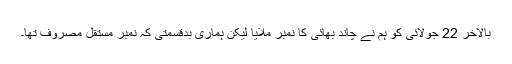
بالآخر 22 جولائی کو ہم نے چاند بھائی کا نمبر ملایا لیکن ہماری بدقسمتی کہ نمبر مستقل مصروف تھا۔